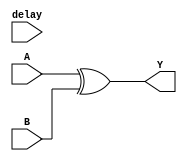
module xor_gate_delay(
    input wire A,
    input wire B,
    output reg Y,
    input wire delay
);

always @(A, B, delay)
begin
    Y <= #delay A ^ B;
end

endmodule